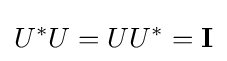
U^{*}U=UU^{*}=\mathbf {I}